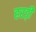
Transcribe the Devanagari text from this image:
हरड़ी